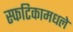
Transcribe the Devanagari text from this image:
स्फटिकामधले